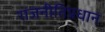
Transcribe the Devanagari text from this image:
राजनीतिप्रधान